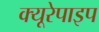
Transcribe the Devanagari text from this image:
क्यूरेपाइप